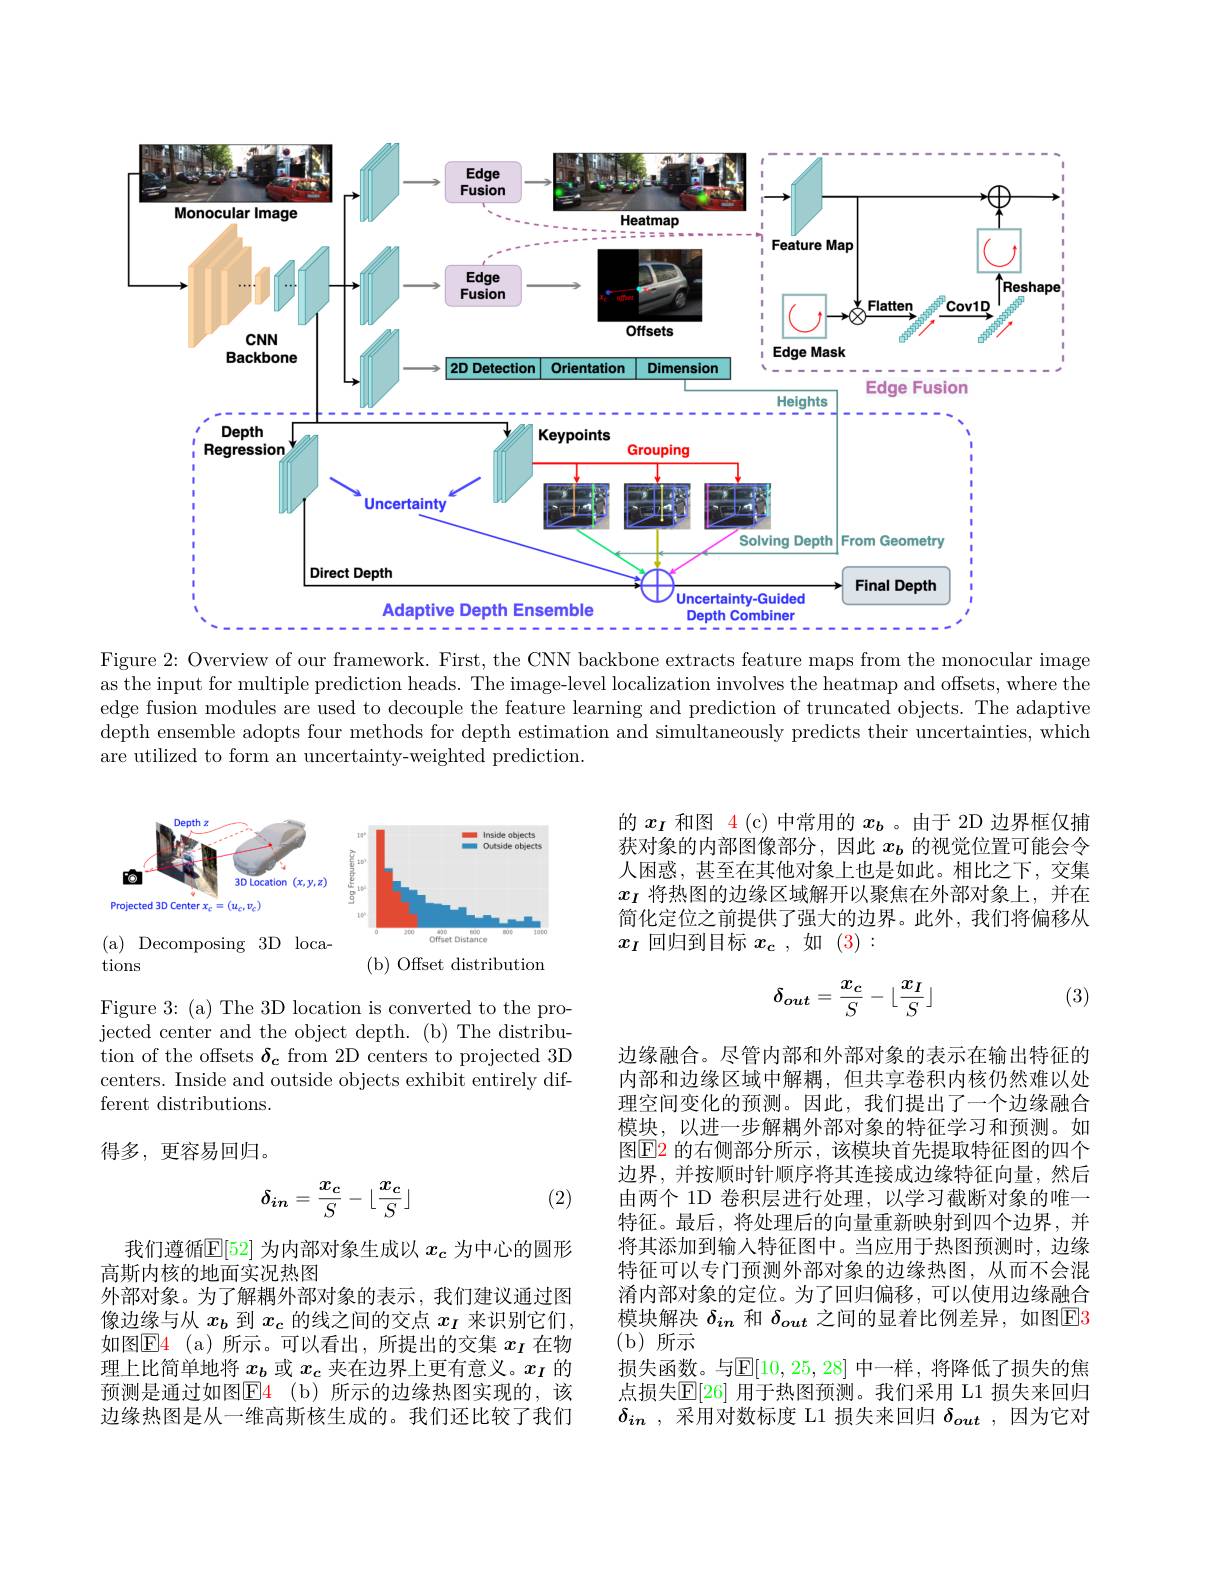
<FigureHere>

Figure 2: Overview of our framework. First, the CNN backbone extracts feature maps from the monocular image as the input for multiple prediction heads. The image-level localization involves the heatmap and offsets, where the edge fusion modules are used to decouple the feature learning and prediction of truncated objects. The adaptive depth ensemble adopts four methods for depth estimation and simultaneously predicts their uncertainties, which are utilized to form an uncertainty-weighted prediction.

<FigureHere>

的$x_I$和图 4 (c) 中常用的$x_b$ 。由于 2D 边界框仅捕获对象的内部图像部分，因此$x_b$的视觉位置可能会令人困惑，甚至在其他对象上也是如此。相比之下，交集$x_I$将热图的边缘区域解开以聚焦在外部对象上，并在简化定位之前提供了强大的边界。此外，我们将偏移从$x_I$回归到目标$x_c$ ,如(3):

<FigureHere>

( a) Decomposing3Dloca-
tions

( b) Offset distribution
$$\delta_{out}=\frac{x_c}{S}-\lfloor\frac{x_I}{S}\rfloor $$
(3)

Figure 3: (a) The 3D location is converted to the projected center and the object depth. (b) The distribution of the offsets $\delta_c$ from 2D centers to projected 3D centers. Inside and outside objects exhibit entirely different distributions.

得多，更容易回归。

(2)
$$\delta_{in}=\frac{x_c}{S}-\lfloor\frac{x_c}{S}\rfloor $$
边缘融合。尽管内部和外部对象的表示在输出特征的内部和边缘区域中解耦，但共享卷积内核仍然难以处理空间变化的预测。因此，我们提出了一个边缘融合模块，以进一步解耦外部对象的特征学习和预测。如图$\boxed{\mathrm{E}}$2 的右侧部分所示 ,该模块首先提取特征图的四个边界，并按顺时针顺序将其连接成边缘特征向量，然后由两个 1D 卷积层进行处理，以学习截断对象的唯一特征。最后，将处理后的向量重新映射到四个边界，并将其添加到输入特征图中。当应用于热图预测时，边缘特征可以专门预测外部对象的边缘热图，从而不会混淆内部对象的定位。为了回归偏移，可以使用边缘融合模块解决$\delta_{in}$和$\delta_{out}$之间的显着比例差异，如图$\overline{\mathbb{E}}3$ (b)所示
损失函数。与$\mathbb{E}[10,25,28]$ 中一样，将降低了损失的焦点损失$\mathbb{E}[26]$ 用于热图预测。我们采用 L1 损失来回归$\delta_{in}$ ,采用对数标度 L1 损失来回归$\delta_{out}$ ,因为它对

我们遵循$\mathbb{E}[52]$为内部对象生成以$x_\mathrm{c}$为中心的圆形
高斯内核的地面实况热图
外部对象。为了解耦外部对象的表示，我们建议通过图像边缘与从$x_b$到$x_c$的线之间的交点$x_I$来识别它们， 如图$\operatorname{E4}$(a)所示。可以看出，所提出的交集 $x_I$ 在物理上比简单地将$x_b$或$x_c$夹在边界上更有意义。$x_I$的预测是通过如图$\color{red}{\mathrm{E4}}\:$(b)所示的边缘热图实现的，该边缘热图是从一维高斯核生成的。我们还比较了我们